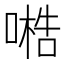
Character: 𠻧